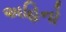
અહિનો